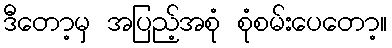
ဒီတော့မှ အပြည့်အစုံ စုံစမ်းပေတော့။